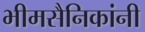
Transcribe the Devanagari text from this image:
भीमसैनिकांनी